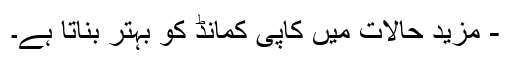
- مزید حالات میں کاپی کمانڈ کو بہتر بناتا ہے۔